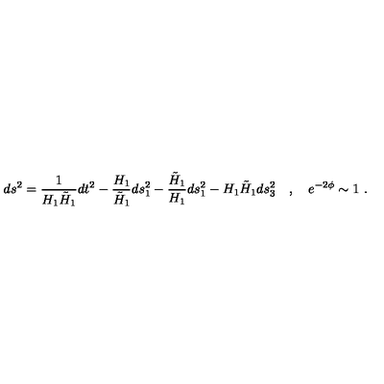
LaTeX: d s ^ { 2 } = \frac { 1 } { H _ { 1 } \tilde { H } _ { 1 } } d t ^ { 2 } - \frac { H _ { 1 } } { \tilde { H } _ { 1 } } d s _ { 1 } ^ { 2 } - \frac { \tilde { H } _ { 1 } } { H _ { 1 } } d s _ { 1 } ^ { 2 } - H _ { 1 } \tilde { H } _ { 1 } d s _ { 3 } ^ { 2 } \quad , \quad e ^ { - 2 \phi } \sim 1 \ .